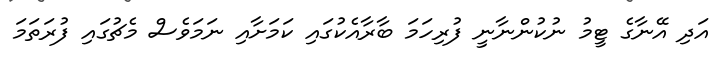
އަދި އޭނާގެ ޓީމު ނުކުންނާނީ ފުރިހަމަ ބާރާއެކުގައި ކަމަށާއި ނަމަވެސް މެޗުގައި ފުރަތަމަ